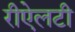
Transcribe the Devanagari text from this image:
रीऐलटी